Assam Mental Hospital (Tezpur, India) - 1933-1948
Year: 1933
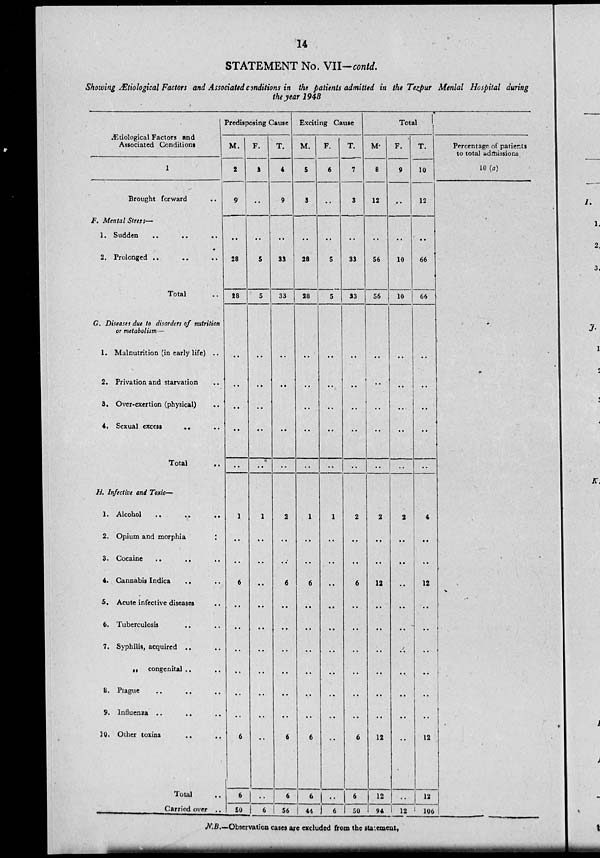
14
STATEMENT No. VII—contd.
Showing Ætiological Factors and Associated conditions in the patients admitted in the Tezpur Mental Hospital during
the year 1948
Ætiological Factors and
Associated Conditions
1
Brought forward
..
F. Mental Stress—
1. Sudden
..
..
..
2. Prolonged .. .. ..
Total
G. Diseases due to disorders of nutrition
or metabolism—
1. Malnutrition (in early life) ..
2, Privation and starvation ..
3. Over-exertion (physical) ..
4. Sexual excess .. ..
Total
..
H. Infective and Toxic—
1. Alcohol
..
..
..
2. Opium and morphia
..
S. Cocaine
..
..
..
4. Cannabis Indica .. ..
5. Acute infective diseases ..
6. Tuberculosis ..
7. Syphilis, acquired .. ..
„ congenital .. ..
8. Plague .. .. ..
9. Influenza .. .. ..
10. Other toxins .. ..
Total ..
Carried over ..
Predisposing Cause
M.
2
9
..
28
28
..
..
..
..
..
1
..
..
6
..
..
..
..
..
..
6
6
50
F.
3
..
..
5
5
..
..
..
..
..
1
..
..
..
..
..
..
..
..
..
..
..
6
T.
4
9
..
33
33
..
..
..
..
..
2
..
..
6
..
..
..
..
..
..
6
6
56
Exciting Cause
M.
5
3
..
28
28
..
..
..
..
..
1
..
..
6
..
..
..
..
..
..
6
6
44
F.
6
..
..
5
5
..
..
..
..
..
1
..
..
..
..
..
..
..
..
..
..
..
6
T.
7
3
..
33
33
..
..
..
..
..
2
..
..
6
..
..
..
..
..
..
6
6
50
Total
M.
8
12
..
56
56
..
..
..
..
..
2
..
..
12
..
..
..
..
..
..
12
12
94
F.
9
..
..
10
10
..
..
..
..
..
2
..
..
..
..
..
..
..
..
..
..
..
12
T.
10
12
..
66
66
..
..
..
..
..
4
..
..
12
..
..
..
..
..
..
12
12
106
Percentage of patients
to total admissions
10 (a)
N.B.—Observation cases are excluded from the statement.